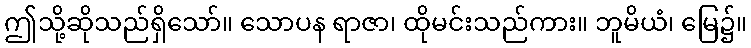
ဤသို့ဆိုသည်ရှိသော်။ သောပန ရာဇာ၊ ထိုမင်းသည်ကား။ ဘူမိယံ၊ မြေ၌။